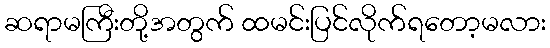
ဆရာမကြီးတို့အတွက် ထမင်းပြင်လိုက်ရတော့မလား